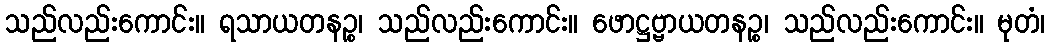
သည်လည်းကောင်း။ ရသာယတနဉ္စ၊ သည်လည်းကောင်း။ ဖောဋ္ဌဗ္ဗာယတနဉ္စ၊ သည်လည်းကောင်း။ မုတံ၊